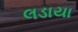
લડાયા